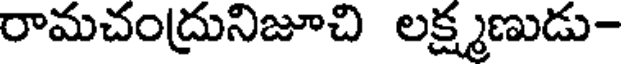
రామచంద్రునిజూచి లక్ష్మణుడు-